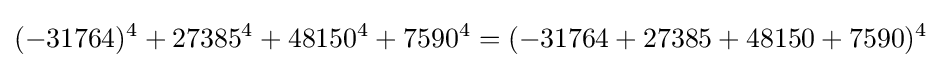
(-31764)^{4}+27385^{4}+48150^{4}+7590^{4}=(-31764+27385+48150+7590)^{4}